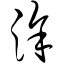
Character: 涂